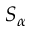
S _ { \alpha }